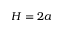
H = 2 a